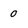
Character: 0